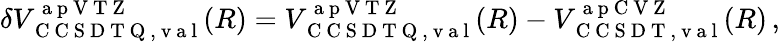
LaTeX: \delta V_{\mathrm{~C~C~S~D~T~Q~,~v~a~l~}}^{\mathrm{~a~p~V~T~Z~}}(R)=V_{\mathrm{~C~C~S~D~T~Q~,~v~a~l~}}^{\mathrm{~a~p~V~T~Z~}}(R)-V_{\mathrm{~C~C~S~D~T~,~v~a~l~}}^{\mathrm{~a~p~C~V~Z~}}(R)\, ,